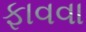
ફાવવા